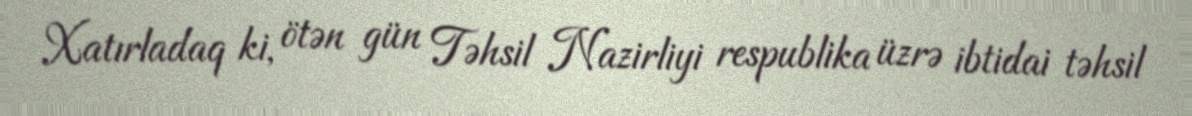
Xatırladaq ki, ötən gün Təhsil Nazirliyi respublika üzrə ibtidai təhsil